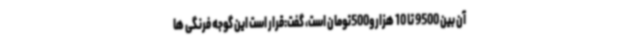
آن بین 9500 تا 10 هزارو500تومان است، گفت:قرار است این گوجه فرنگی ها